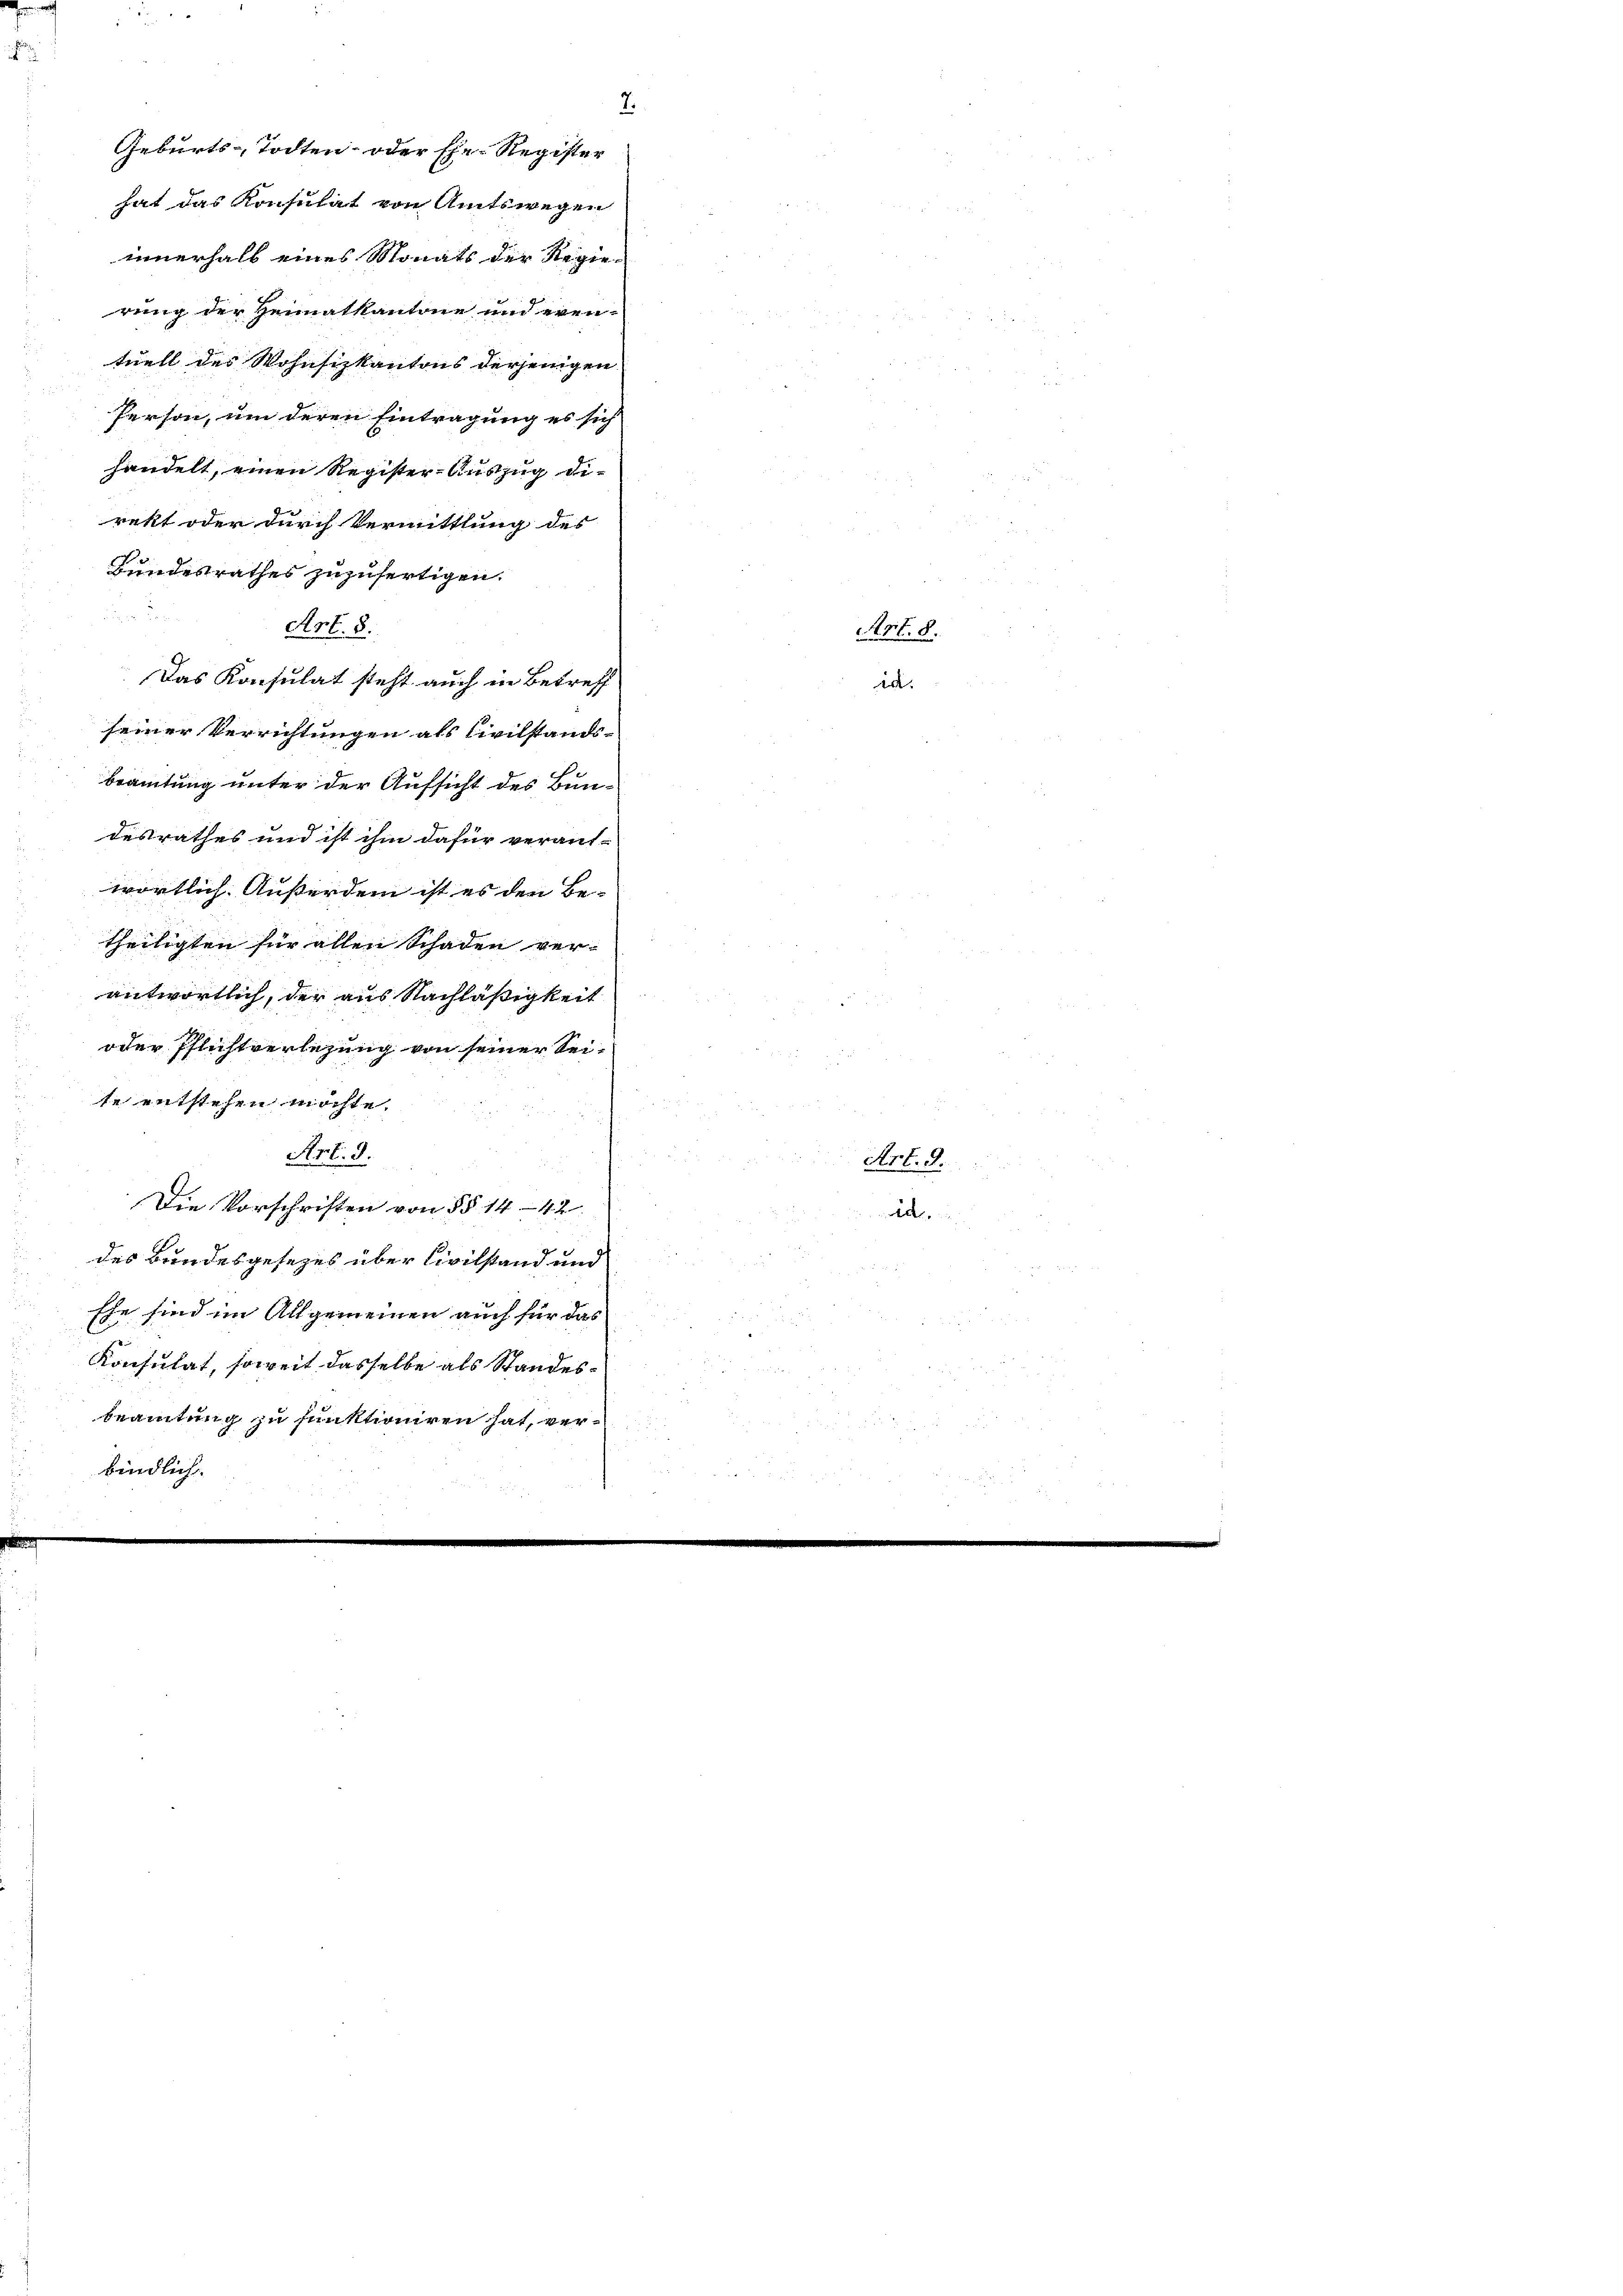
Geburts-Todten oder Ehe- Register
hat das Konsulat von Amtswegen
innerhalb eines Monats der Regierung der Heimatkantone und even-
tuell des Wohnsizkantons derjenigen
Person, um deren Eintragung es sich
handelt, einen Register-Auszug direkt oder durch Vermittlung des
Bundesrathes zuzufertigen.
Art. 8.
Das Konsulat steht auch in Betreff
seiner Verrichtungen als Civilstandsbeamtung unter der Aufsicht des Bundesrathes und ist ihm dafür verant-
wörtlich. Außerdem ist es den Be-
theiligten für allen Schaden ver-
antwortlich, der aus Nachläßigkeit
oder Pflichtverlesung von seiner Seite entstehen möchte.
Art. 9
Die Vorschriften von §§ 1442
des Bundesgesezes über Civilstand und
Ehe sind im Allgemeinen auch für das
Konsulat, soweit dasselbe als Standesbeamtung zu funktioniren hat, verbindlich

7.

in.

Art. 8.

Art. 9.

Ad